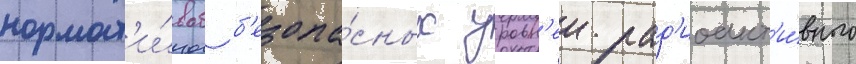
нормат'и́вов б'езопа́сных уровн'еи рад'иоакт'и́вного